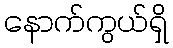
နောက်ကွယ်ရှိ